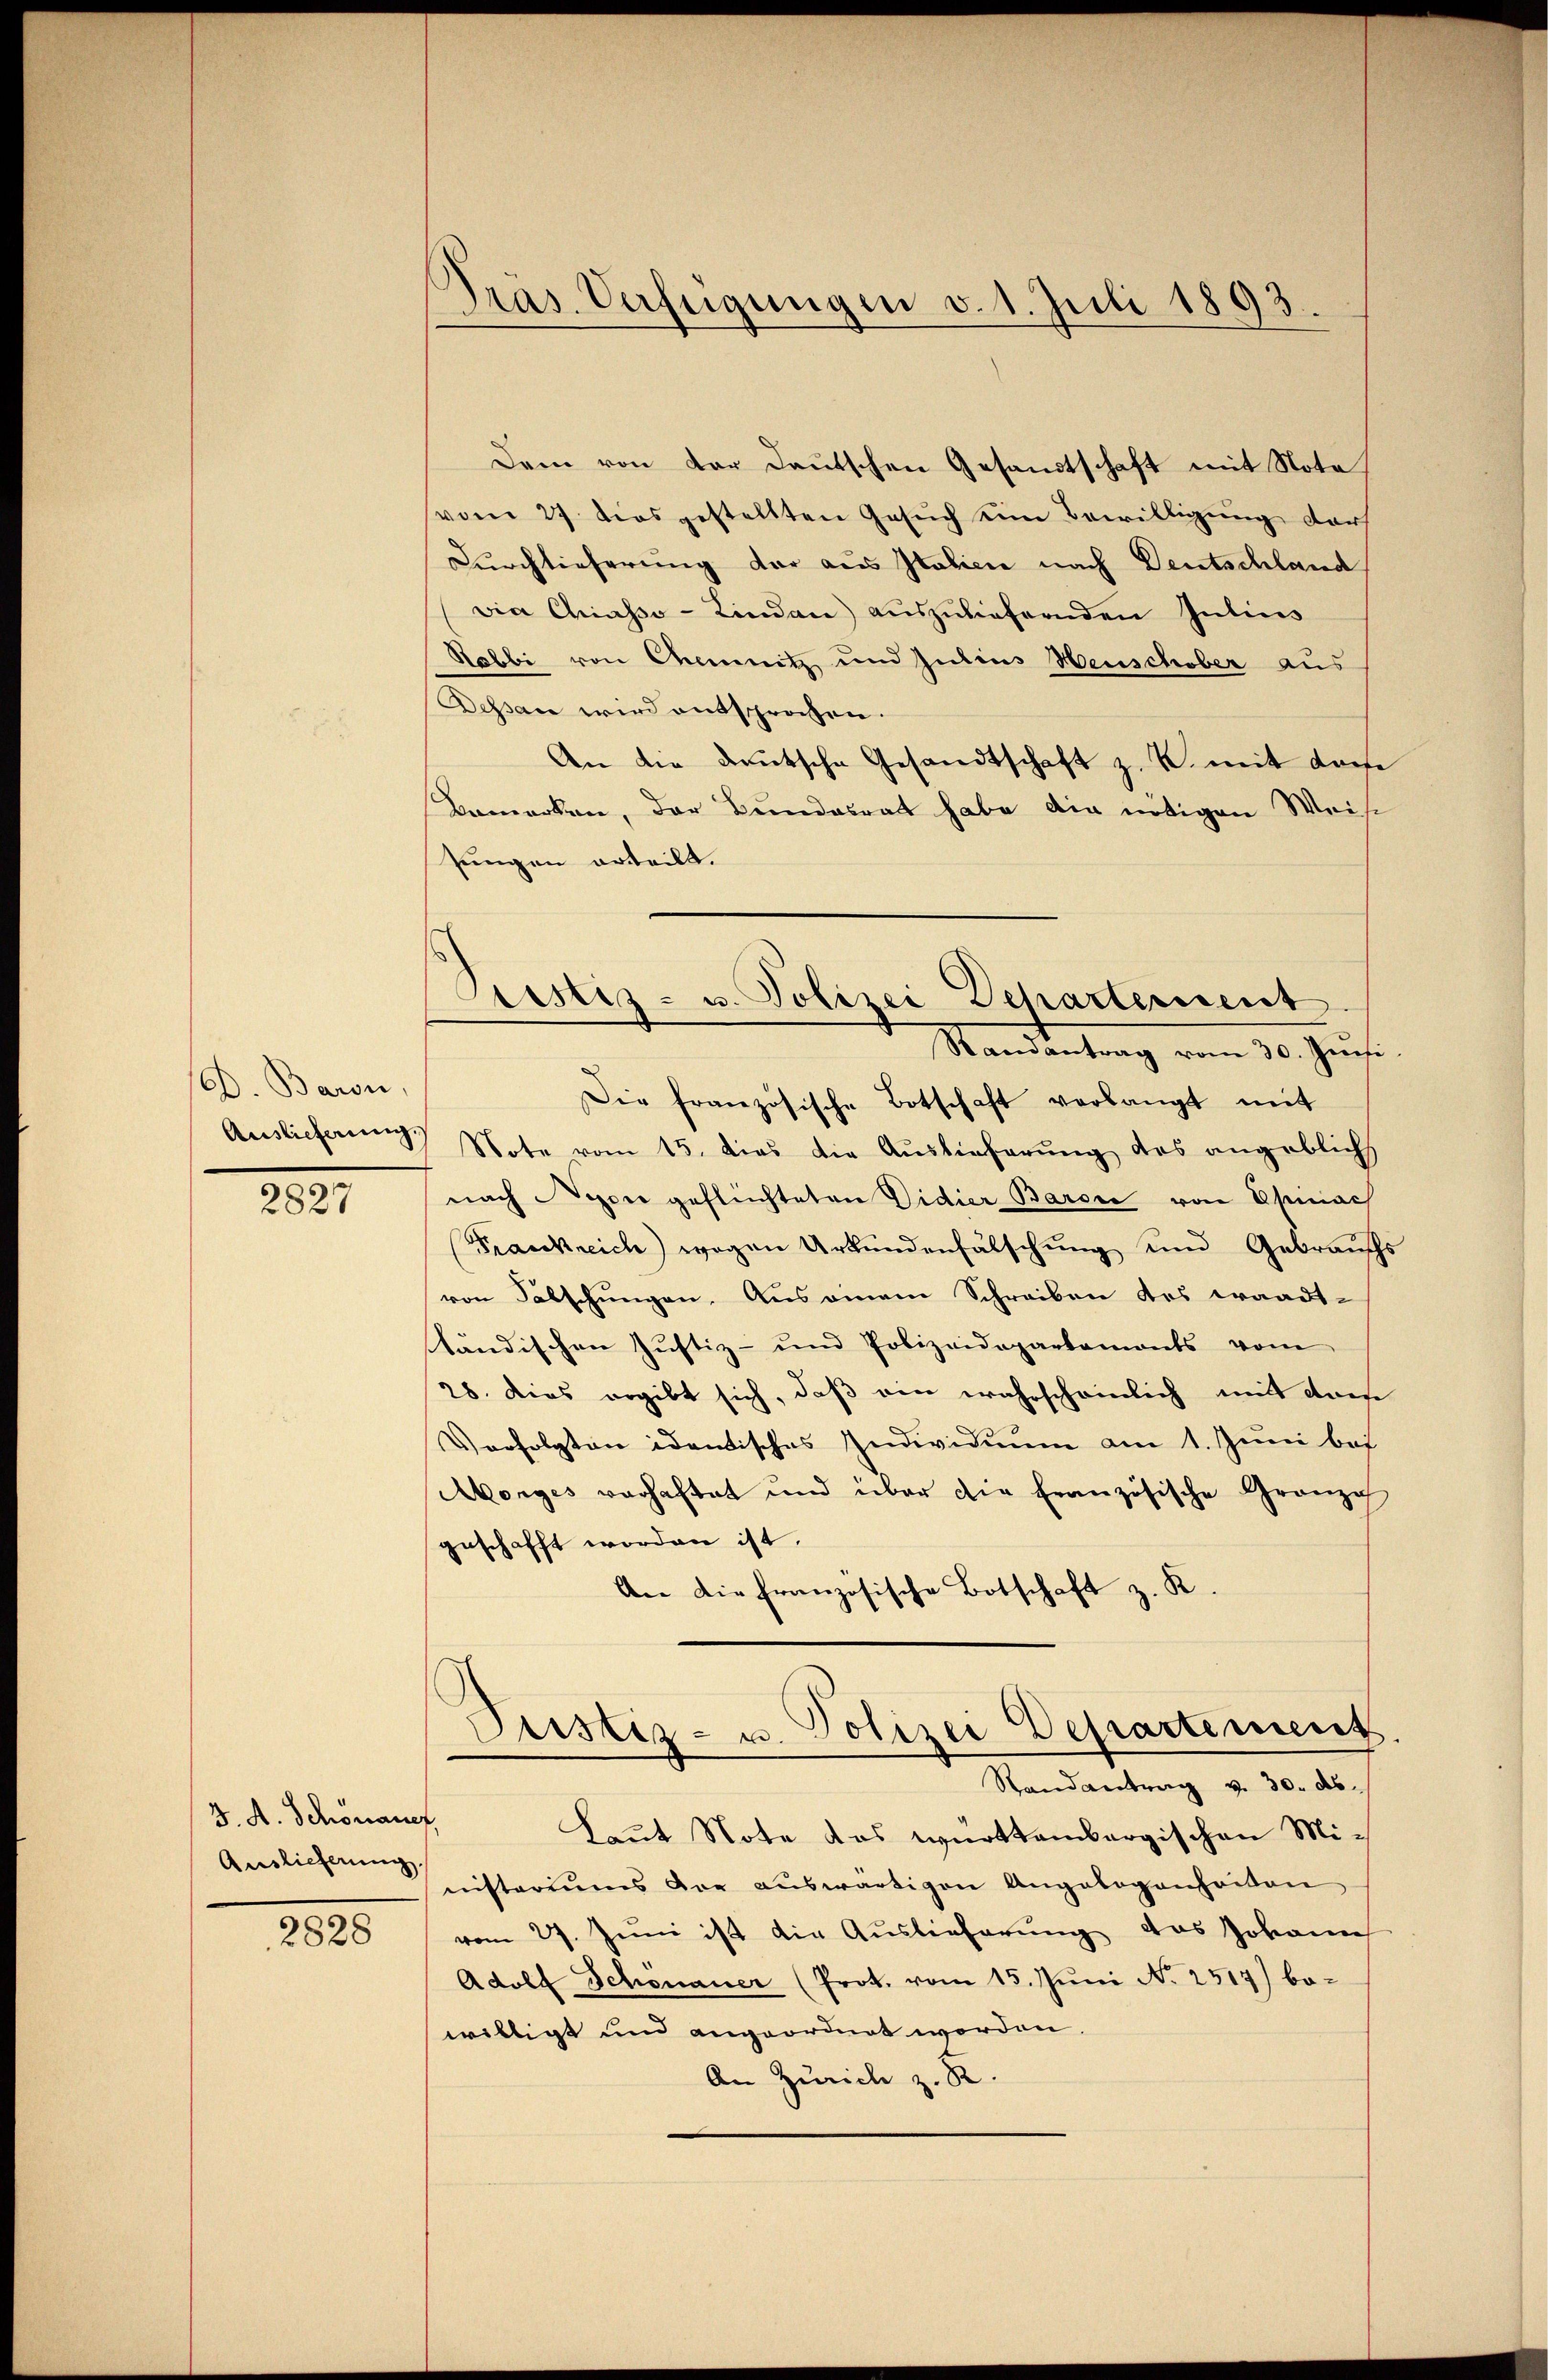
D. Baron.
Auslieferung.

2827

J. A. Schönauer,
Auslieferung.

2828

.
Pras. Verfügungen v. 1. Juli 1893.

Prestiz- u. Polizei Departement
Randantrag vom 30. Juni

Dem von der deutschen Gesandtschaft mit Note,
vom 27. dies gestellten Gesŭch ein Bewilligung darf
Durchlieferung der aus Italien nach Deutschland
via Chiasso-Lindau) aŭszŭliefernden Julius
Habbi von Chemnitz und Julius Heuschober aus
Dessan wird entsprochen.
An die Deutsche Gesandtschaft z. B. mit dem
Bemerken, der Bundesrat habe die nötigen Weise
sungen erteilt.
Die französische Botschaft verlangt mit
Note vom 15. dies die Auslieferung des angeblicht
nach Nixon geflüchteten Didier Baron von Epinach
Frankreich) wegen Urkundenfälschung und Gebrauchs
von Fälschungen. Aus einem Schreiben des waadt-
tändischen Justiz- und Polizeidepartamonts vom
28. Dies ergibt sich, daß von wahrscheinlich mit drei
Verfolgten identisches Individuum am 1. Juni bei
Morges verhaftet und über die französische Granzg
geschafft worden ist.
An die französische Botschaft z. K.
Justiz- u. Polizei Departement
Randantrag v. 30. ds.
Laut Note das württembergischen Mi-
nisteriums der aŭswärtigen Angelegenheiten
vom 27. Juni ist die Auslieferung, das Johann
Adolf Schonauer (Prot. vom 15. Juni No 2517) be-
willigt und angeordnet worden.
An Zürich z. R.